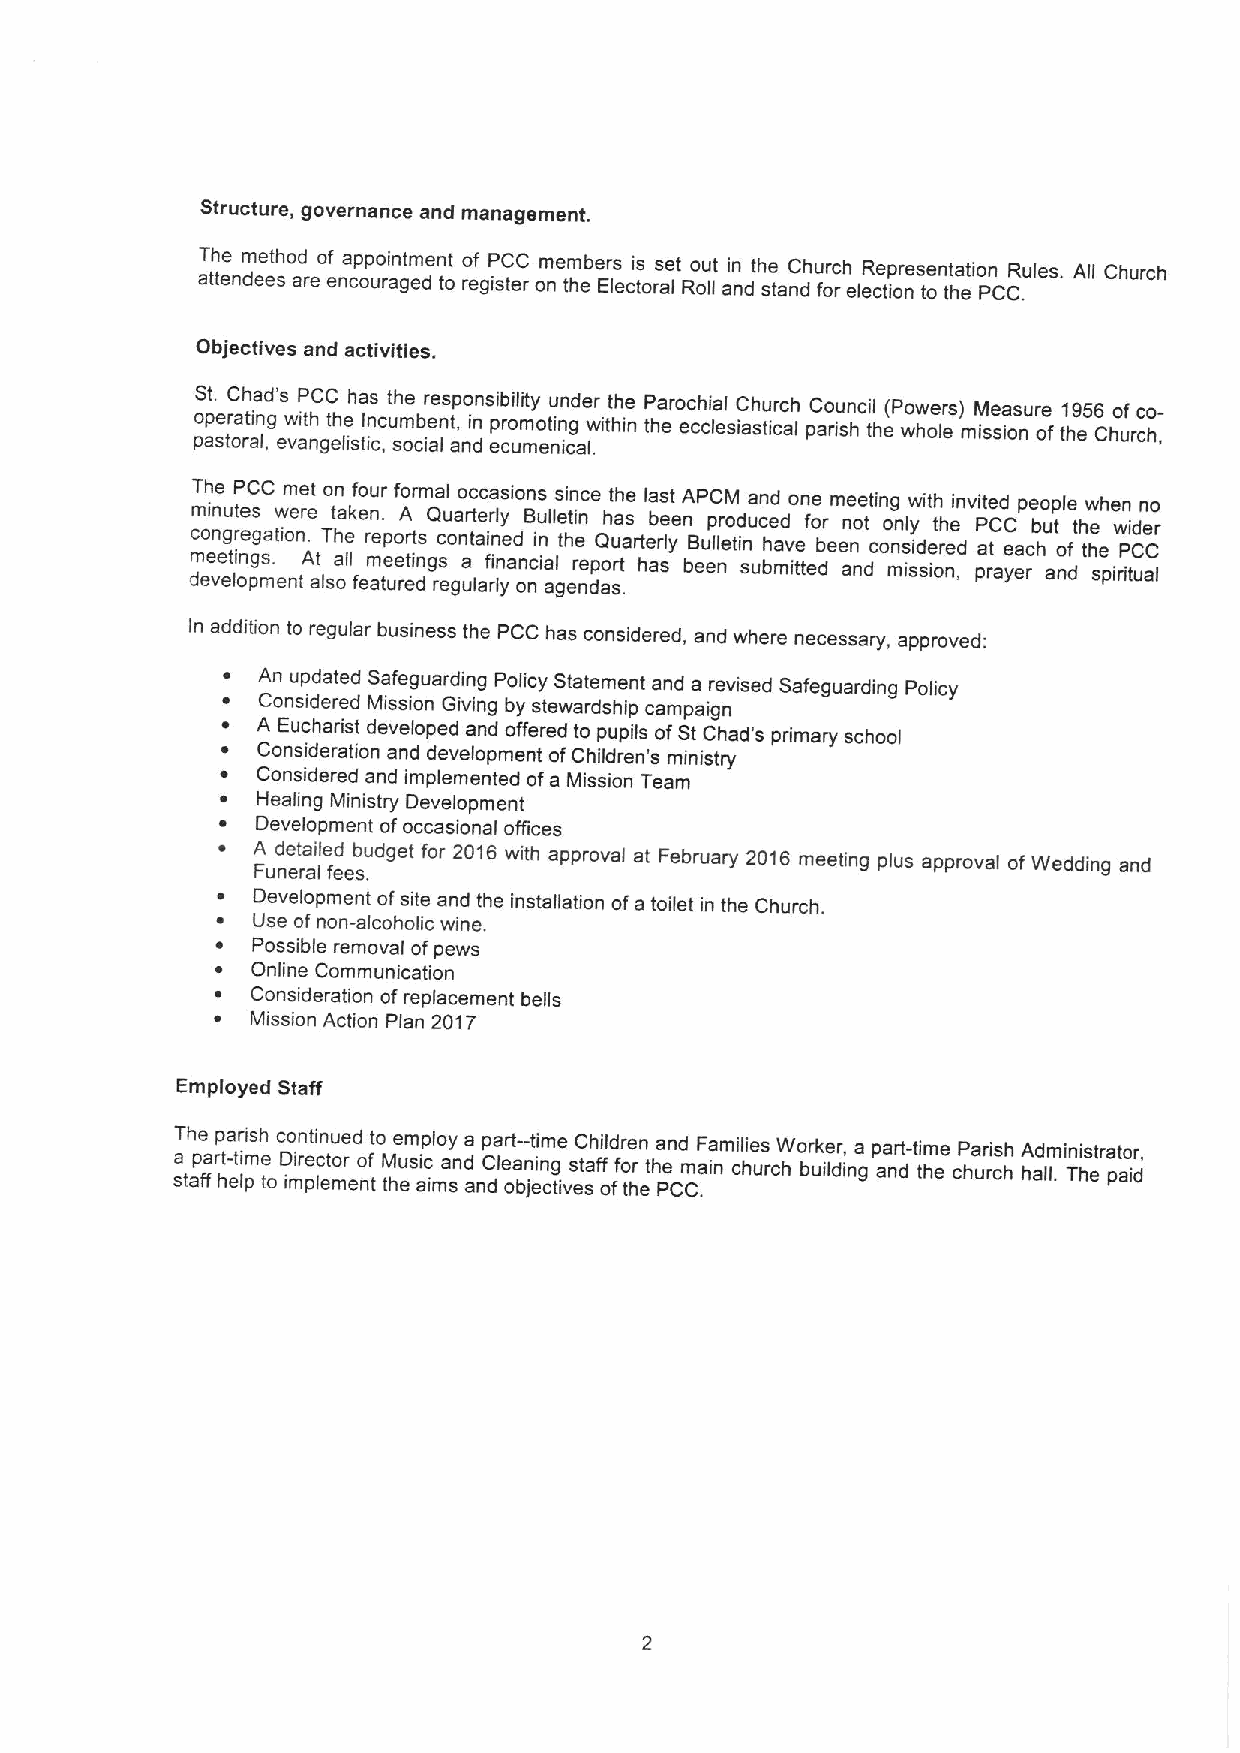
Structure, governance and management.
 aT th tee ndm ee et shod areo ef na cp op uo ri an gtm edent
 to
 o ref giP sC teC
 r
 om ne tm heber Es leci ts oras let Ro ou llt ai nn dth se tanC dhu fr oc rh eleR ce tip or nese tn ota thti eon PCCR .ules. All Church
 Objectives and activities.
 St. Chad's PCC has the responsibility under the Parochial Church Council (Powers) Measure 1956of co-
 o pp ase tr oa rt ain l,g ew vait nh get lh ie sticIn ,cu sm ob cie an lt, ani dn p ecro um mo et nin icg al.within the ecclesiastical parish the whole mission ofthe Church,
 cmT oh i nne gu rtP e es gC aC tiowm ne .re et To tn ha ekf eo n ru e.r pof Ao rtr sm Qa cl u oa no rt tc e arc il na y es dion Bs iu nlles tti hin n ece Qht uah ase rtel rba lys et enA BP uC p llrM eo tid nua cn e hd d avo en fe o br em en ne oe tti cn og o nn sly iw di eth rt eh deinvi P ate tCd C eap ce b ho up t ole fth tw he ehe wn Pi Cdn e Cro
 dm ee ve et li on pg ms. ent A at lsoall fem atuee reti dngs regua larlf yinan oc nial ager ne dp ao sr .t has been submitted and mission, prayer and spiritual
 In addition to regular business the PCC has considered, and where necessary, approved:
 ~ An updated Safeguarding Policy Statement and a revised Safeguarding Policy
 ~ Considered Mission Giving by stewardship campaign
 ~ A Eucharist developed and offered to pupils ofSt Chad's pnmary school
 ~ Consideration and development ofChildren's ministry
 ~ Considered and implemented ofa Mission Team
 ~ Healing Ministry Development
 ~  Development ofoccasional offices
 ~  A Fund ee rta ai lled feeb su .dget for 2016 with approval at February 2016 meeting plus approval ofWedding and
 ~  Development ofsite and the installation ofa toilet in the Church.
 ~  Use ofnon-alcoholic wine.
 ~  Possible removal ofpews
 ~  Online Communication
 ~  Consideration ofreplacement bells
 ~  Mission Action Plan 2017
 Employed Staff
 sT a th ap fe a frp t h-a etir lmi psh e toc D io min r pt ei lcn etu moe r ed no tfto M the eum sip ac il moy a snda anp C da ler ot a- bnt ji i em n cge tivs eC t sah fi f old ffr oe thn r etha Pen Cd m CaF .ia nmi cl hie us rchWo br uk ie ldr, inga p aa nr dt-tim the e cP ha ur ri cs hh A had lm l.in Tis ht erat po ar, id